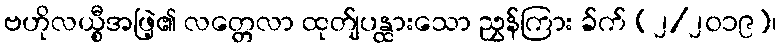
ဗဟိုလယ္စီအဖြဲ့၏ လတ္တေလာ ထုတ်ျပန္ထားသော ညွှန်ကြား ခ်က် (၂/၂၀၁၉)၊